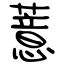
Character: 薏